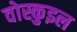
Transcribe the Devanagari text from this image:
वोस्कुइल